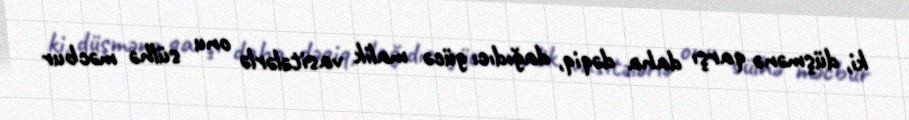
ki, düşmənə qarşı daha dəqiq, dağıdıcı gücə malik vasitələrlə onu sülhə məcbur